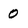
Character: 0